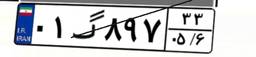
۰۱گ۶۶۸۹۰